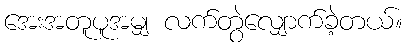
အေးအတူပူအမျှ လက်တွဲလျှောက်ခဲ့တယ်။